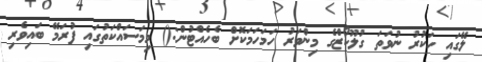
ލޭގައި ހަކުރު ނުވަތަ ގުލޫކޯޒްގެ މިންވަރު ހަމަހަމަކޮށް ބެހެއްޓުން:() މިމަސައްކަތުގައި ފުރަމޭ ބައިވެރި